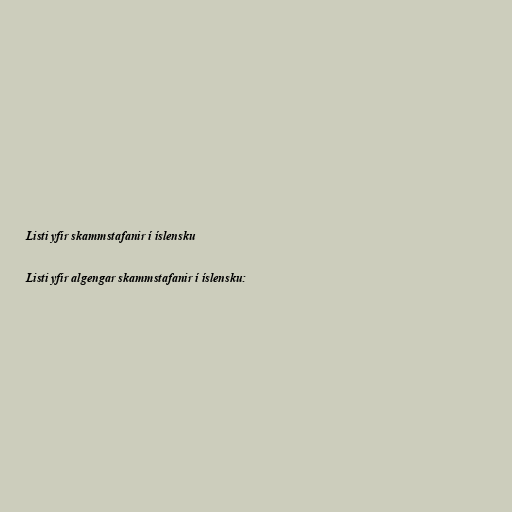
Listi yfir skammstafanir í íslensku

Listi yfir algengar skammstafanir í íslensku: